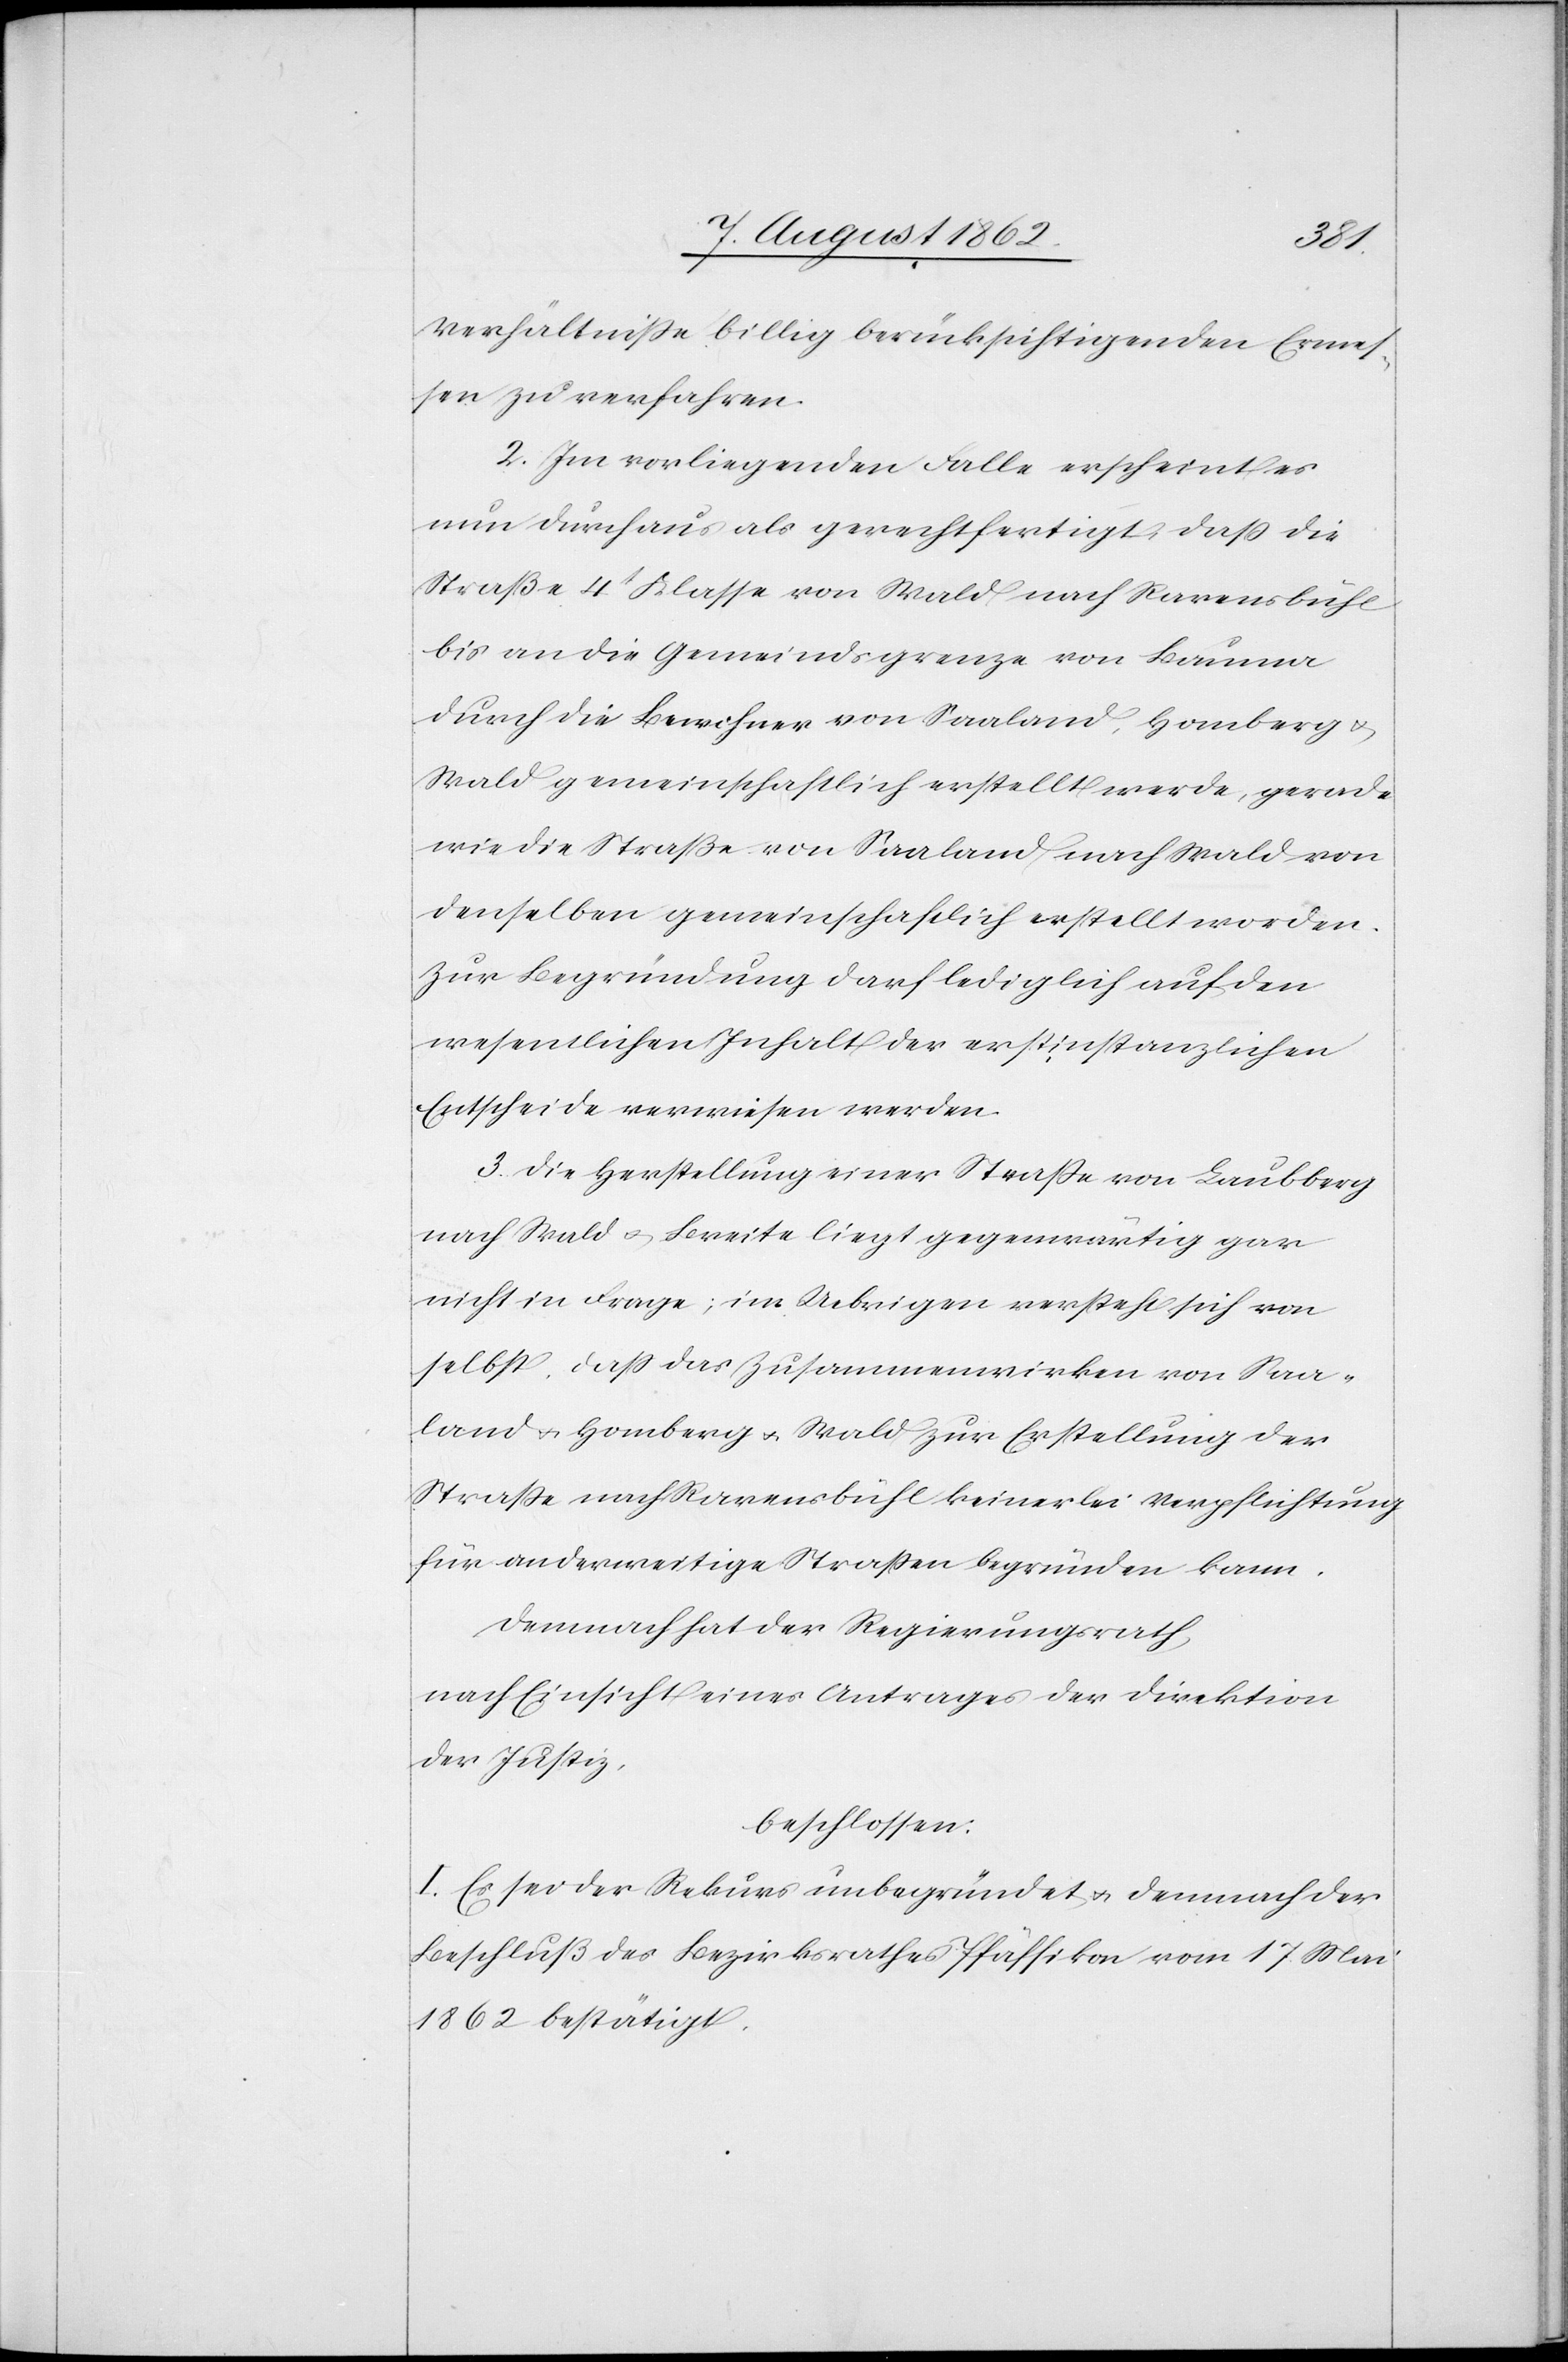
Verhältniße billig berücksichtigenden Ermes¬
sen zu verfahren.
2. Im vorliegenden Falle erscheint es
nun durchaus als gerechtfertigt, daß die
Straße 4t Klasse von Wald nach Ravensbühl
bis an die Gemeindsgrenze von Bauma
durch die Bewohner von Saaland, Homberg u.
Wald gemeinschaftlich erstellt werde, gerade
wie die Straße von Saaland nach Wald von
denselben gemeinschaftlich erstellt worden.
Zur Begründung darf lediglich auf den
wesentlichen Inhalt der erstinstanzlichen
Entscheide verwiesen werden.
3. Die Herstellung einer Straße von Laubberg
nach Wald u. Breite liegt gegenwärtig gar
nicht in Frage; im Uebrigen versteht ich von
selbst, daß das Zusammenwirken von Saa¬
land u. Homberg u. Wald zur Erstellung der
Straße nach Ravensbühl keinerlei Verpflichtung
für anderweitige Straßen begründen kann.
Demnach hat der Regierungsrath,
nach Einsicht eines Antrages der Direktion
der Justiz,
beschlossen:
I. Es sei der Rekurs unbegründet u. demnach der
Beschluß des Bezirksrathes Pfäffikon vom 17. Mai
1862 bestätigt.